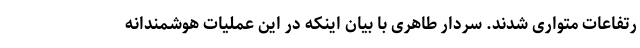
رتفاعات متواری شدند. سردار طاهری با بیان اینکه در این عملیات هوشمندانه